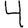
Digit: 4